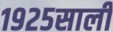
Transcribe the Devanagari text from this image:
१९२५साली